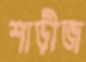
শাড়ীজ